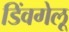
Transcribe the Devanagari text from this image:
डिंवगेलू